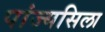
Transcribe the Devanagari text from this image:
पांज्यसिला